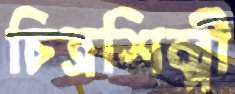
চিত্রশিল্পী